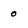
Character: 0